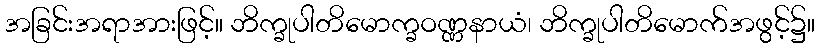
အခြင်းအရာအားဖြင့်။ ဘိက္ခုပါတိမောက္ခဝဏ္ဏနာယံ၊ ဘိက္ခုပါတိမောက်အဖွင့်၌။